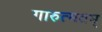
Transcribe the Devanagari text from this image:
गारुत्मतम्